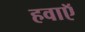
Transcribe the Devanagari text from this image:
हवाऍ